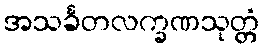
အသင်္ခတလက္ခဏသုတ္တံ